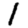
Digit: 1